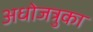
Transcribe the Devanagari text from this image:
अधोजत्रुका